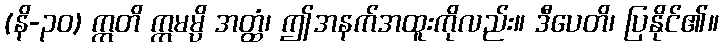
(နိ-၃၀) ဣတိ ဣမမ္ပိ အတ္ထံ၊ ဤအနက်အထူးကိုလည်း။ ဒီပေတိ၊ ပြနိုင်၏။